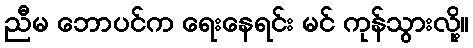
ညီမ ဘောပင်က ရေးနေရင်း မင် ကုန်သွားလို့။